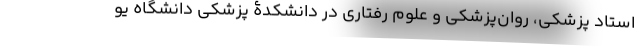
استاد پزشکی، روان‌پزشکی و علوم رفتاری در دانشکدۀ پزشکی دانشگاه یو